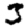
Digit: 3